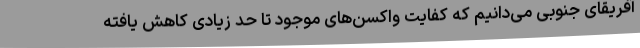
آفریقای جنوبی می‌دانیم که کفایت واکسن‌های موجود تا حد زیادی کاهش یافته